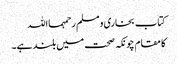
کتاب بخاری و مسلم رحمہمااللہ
کا مقام چونکہ صحت میں بلند ہے۔